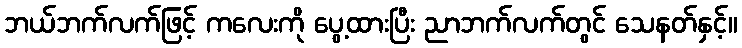
ဘယ်ဘက်လက်ဖြင့် ကလေးကို ပွေ့ထားပြီး ညာဘက်လက်တွင် သေနတ်နှင့်။